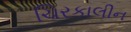
ચિરકાલીન